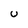
Character: U